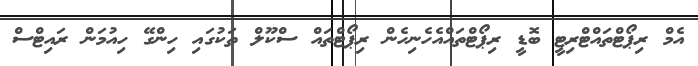
އެމް ރިޕޯޓްތައްޓްރިޓީ ބޮޑީ ރިޕޯޓްތައްއެހެނިހެން ރިޕޯޓްތައް ސްކޫލް ތަކުގައި ހިންގޭ ހިއުމަން ރައިޓްސް